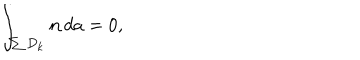
\int _ { \sum D _ { k } } { \bf n } \, d a = 0 ,